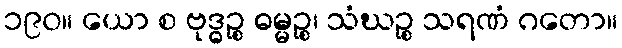
၁၉၀။ ယော စ ဗုဒ္ဓဉ္စ ဓမ္မဉ္စ၊ သံဃဉ္စ သရဏံ ဂတော။